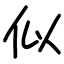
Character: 似